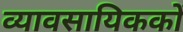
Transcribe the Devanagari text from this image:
व्यावसायिककों